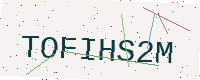
Text: TOFIHS2M